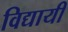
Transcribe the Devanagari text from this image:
विद्यायी